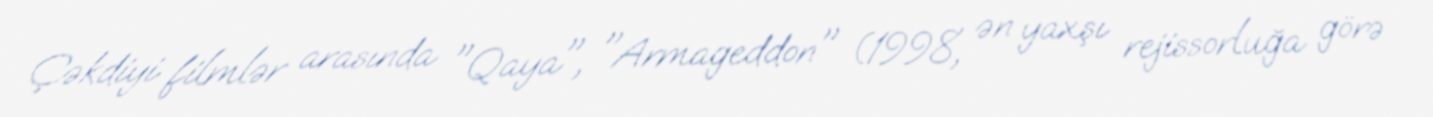
Çəkdiyi filmlər arasında "Qaya", "Armageddon" (1998, ən yaxşı rejissorluğa görə